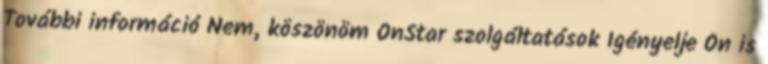
További információ Nem, köszönöm OnStar szolgáltatások Igényelje Ön is